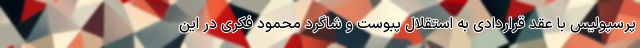
پرسپولیس با عقد قراردادی به استقلال پبوست و شاگرد محمود فکری در این